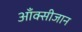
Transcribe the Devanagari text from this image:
आँक्सीजान